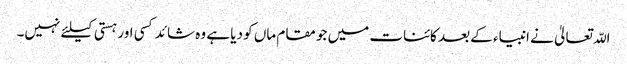
اللّہ تعالیٰ نے انبیاء کے بعد کائنات میں جو مقام ماں کو دیا ہے وہ شائد کسی اور ہستی کیلئے نہیں۔